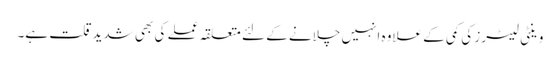
وینٹی لیٹرز کی کمی کے علاوہ انہیں چلانے کے لئے متعلقہ عملے کی بھی شدیدقلت ہے۔